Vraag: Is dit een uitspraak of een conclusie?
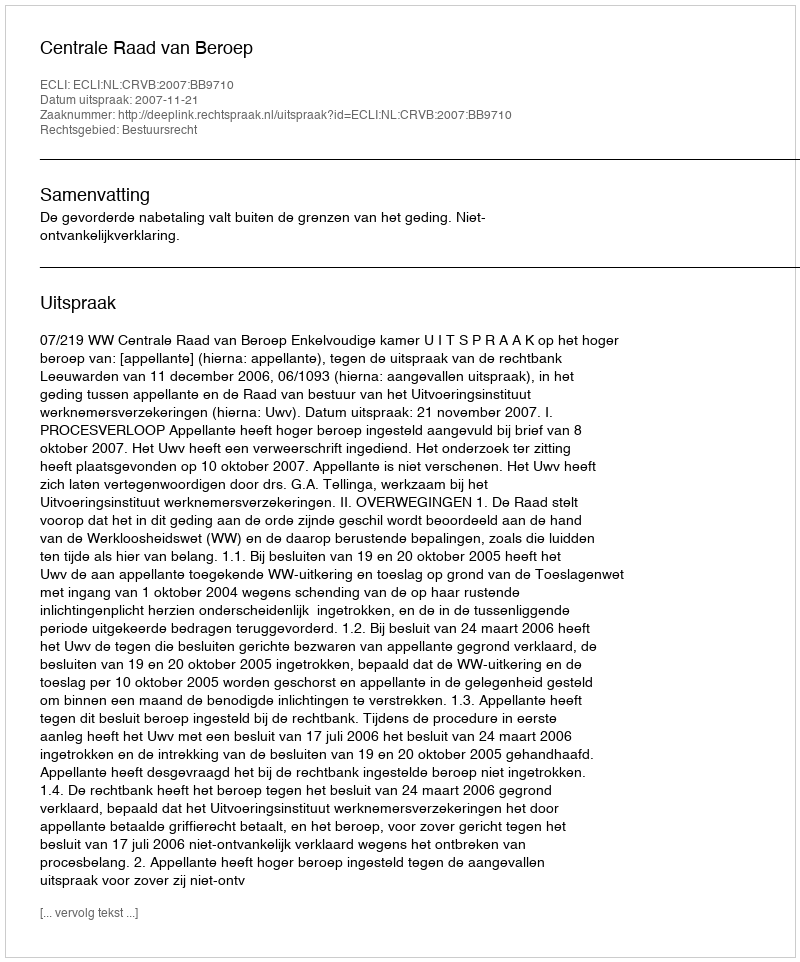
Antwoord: Uitspraak